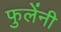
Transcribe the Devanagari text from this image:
फुलेंनी